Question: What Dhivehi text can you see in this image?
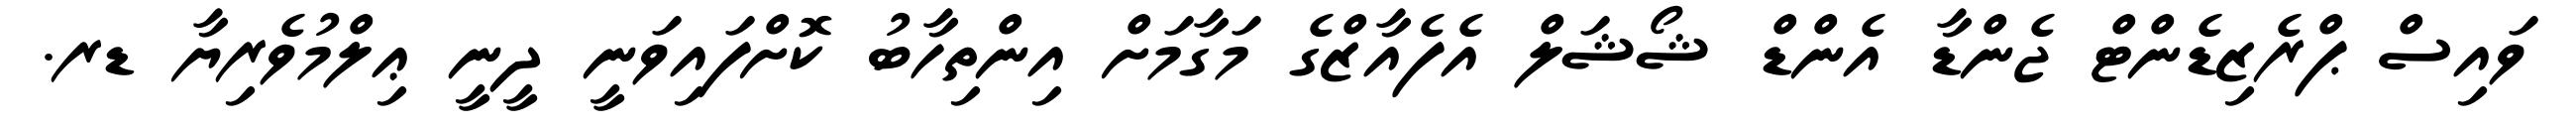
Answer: ވައިސް ޕްރެޒިޑެންޓް ޖެންޑާ އެންޑް ޝޯޝަލް އެފެއާޒްގެ މަގާމަށް އިންތިހާބު ކޮށްފައިވަނީ ދީނީ ޢިލްމުވެރިޔާ ޑރ.